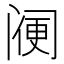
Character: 𨸇